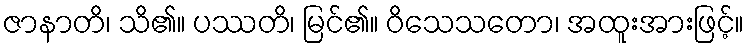
ဇာနာတိ၊ သိ၏။ ပဿတိ၊ မြင်၏။ ဝိသေသတော၊ အထူးအားဖြင့်။